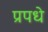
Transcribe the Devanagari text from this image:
प्रपधे